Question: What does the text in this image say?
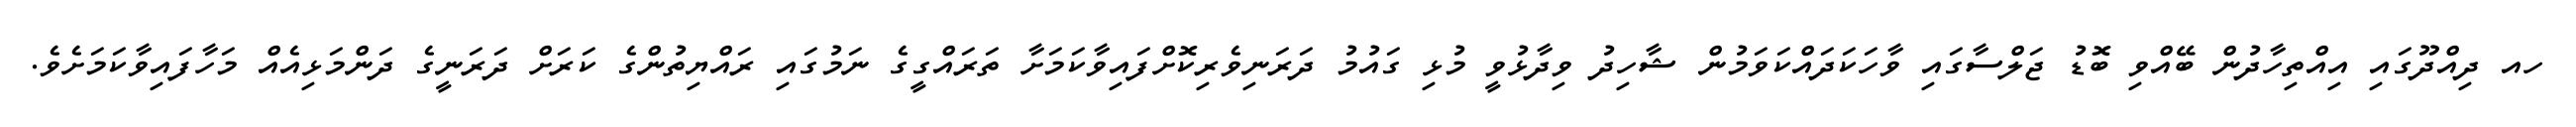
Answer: ހއ ދިއްދޫގައި އިއްތިހާދުން ބޭއްވި ބޮޑު ޖަލްސާގައި ވާހަކަދައްކަވަމުން ޝާހިދު ވިދާޅުވީ މުޅި ގައުމު ދަރަނިވެރިކޮށްފައިވާކަމަށާ ތަރައްގީގެ ނަމުގައި ރައްޔިތުންގެ ކަރަށް ދަރަނީގެ ދަންމަޅިއެއް މަހާފައިވާކަމަށެވެ.